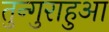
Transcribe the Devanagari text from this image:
तुन्गुराहुआ